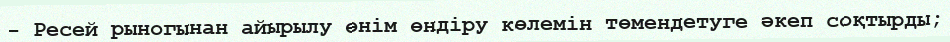
- Ресей рыногынан айырылу өнім өндіру көлемін төмендетуге әкеп соқтырды;